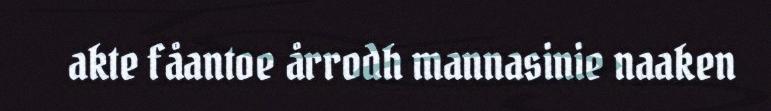
akte fåantoe årrodh mannasinie naaken